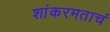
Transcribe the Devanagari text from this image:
शांकरमताचं